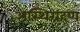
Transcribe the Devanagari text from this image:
अस्थिग्रहण